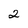
Character: 2